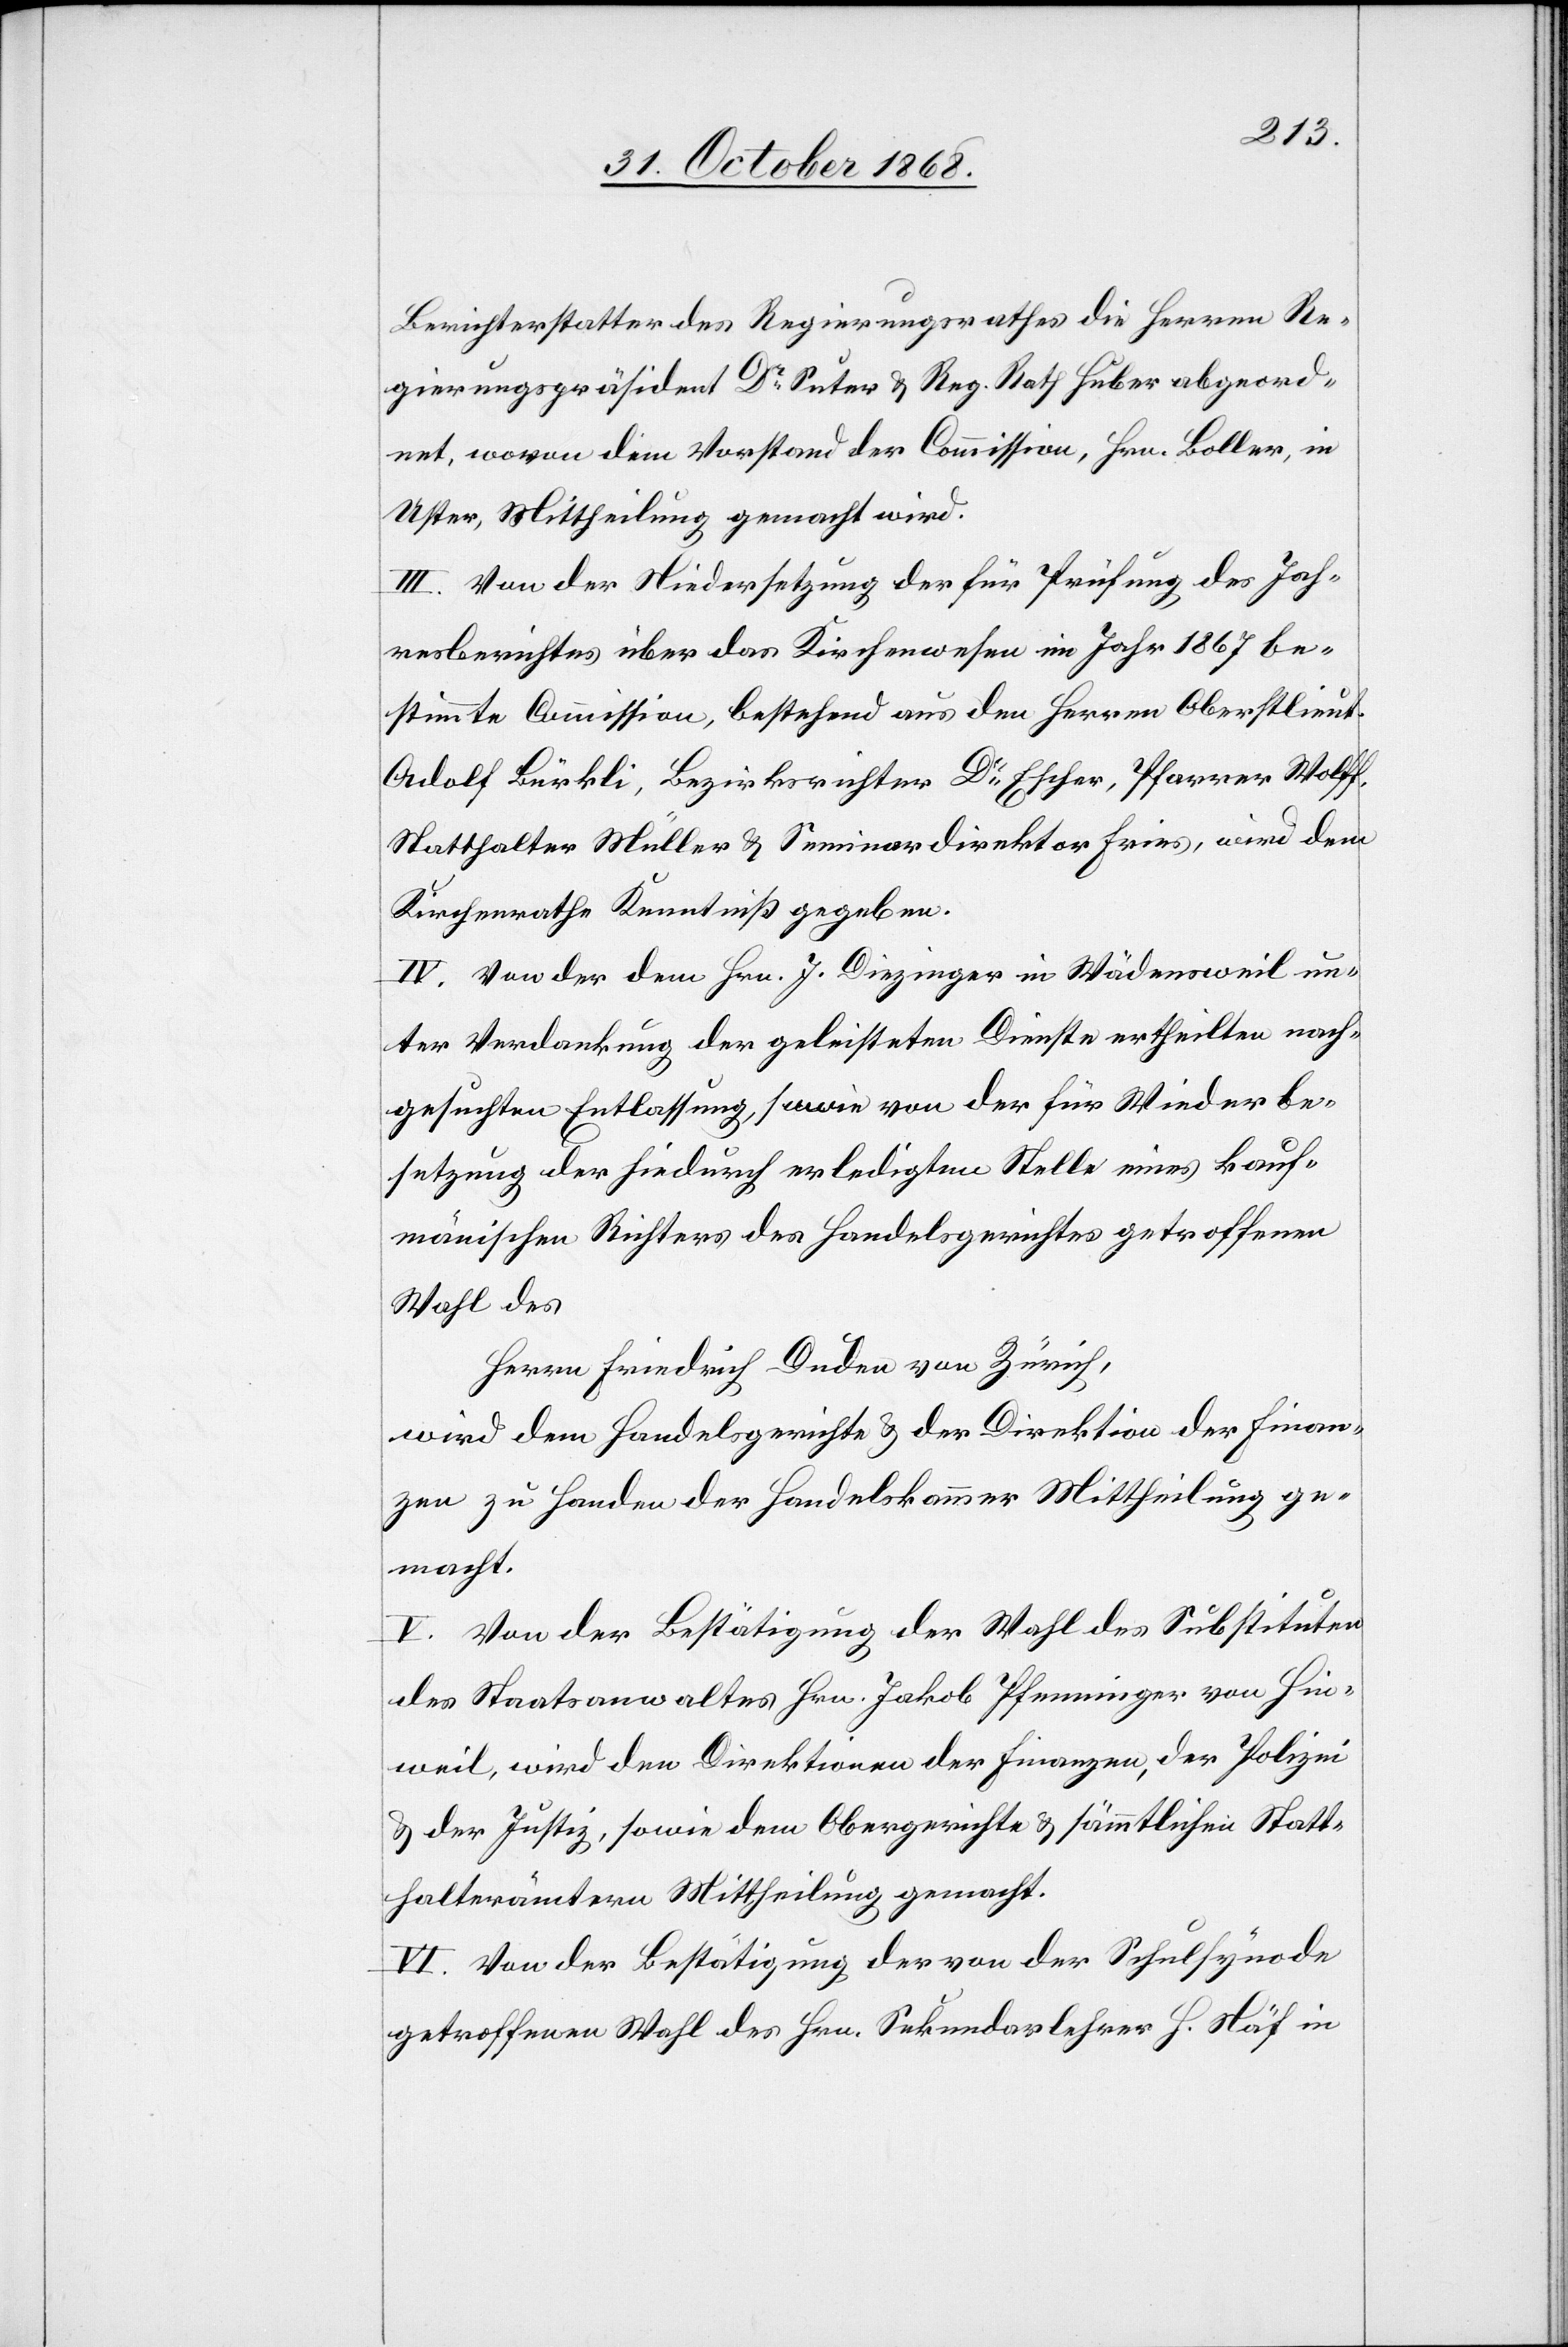
Berichterstatter des Regierungsrathes die Herren Re¬
gierungspräsident Dr Suter & Reg. Rath Huber abgeord¬
net, wovon dem Vorstand der Commission, Hrn. Boller, in
Uster, Mittheilung gemacht wird.
III. Von der Niedersetzung der für Prüfung des Jah¬
resberichtes über das Kirchenwesen im Jahr 1867 be¬
stimmte[n] Commission, bestehend aus den Herren Oberstlieut.
Adolf Bürkli, Bezirksrichter Dr Escher, Pfarrer Wolff,
Statthalter Müller & Seminardirektor Fries, wird dem
Kirchenrathe Kenntniß gegeben.
IV. Von der dem Hrn. J. Diezinger in Wädensweil un¬
ter Verdankung der geleisteten Dienste ertheilten nach¬
gesuchten Entlassung, sowie von der für Wiederbe¬
setzung der hiedurch erledigten Stelle eines kauf¬
män[n]ischen Richters des Handelsgerichtes getroffenen
Wahl des
Herrn Friedrich Duden von Zürich,
wird dem Handelsgerichte & der Direktion der Finan¬
zen zu Handen der Handelskammer Mittheilung ge¬
macht.
V. Von der Bestätigung der Wahl des Substituten
des Staatsanwaltes Hrn. Jakob Pfenninger von Hin¬
weil, wird den Direktionen der Finanzen, der Polizei
& der Justiz, sowie dem Obergerichte & sämmtlichen Statt¬
halterämtern Mittheilung gemacht.
VI. Von der Bestätigung der von der Schulsynode
getroffenen Wahl des Hrn. Sekundarlehrer H. Näf in